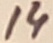
Text: 14